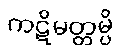
ကဋိမတ္တမ္ပိ